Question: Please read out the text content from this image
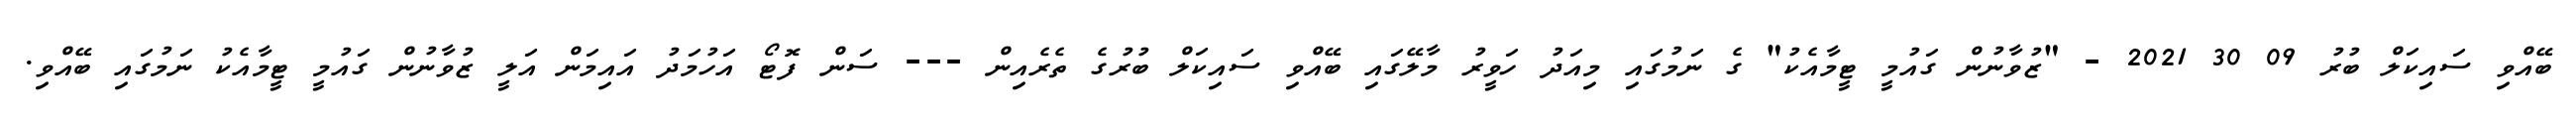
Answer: ބޭއްވި ސައިކަލް ބުރު 09 30 2021 - "ޒުވާނުން ގައުމީ ޓީމާއެކު" ގެ ނަމުގައި މިއަދު ހަވީރު މާލޭގައި ބޭއްވި ސައިކަލް ބުރުގެ ތެރެއިން --- ސަން ފޮޓޯ އަހުމަދު އައިމަން އަލީ ޒުވާނުން ގައުމީ ޓީމާއެކު ނަމުގައި ބޭއްވި.